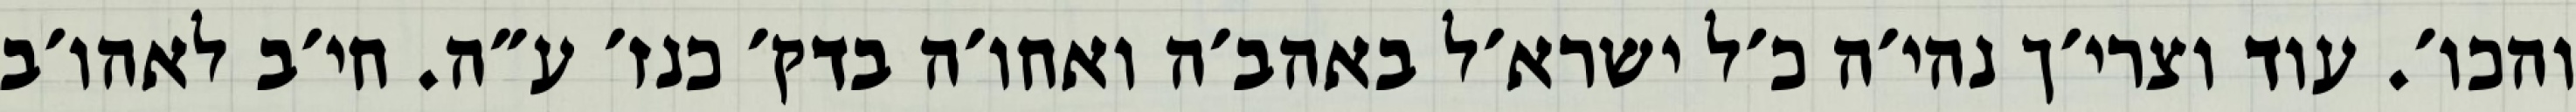
והכו׳. עוד וצרי׳ך נהי׳ה כ׳ל ישרא׳ל באהב׳ה ואחו׳ה בדק׳ כנז׳ ע״ה. חי׳ב לאהו׳ב